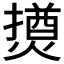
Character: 𱬐